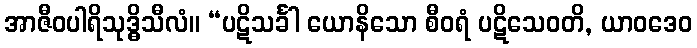
အာဇီဝပါရိသုဒ္ဓိသီလံ။ “ပဋိသင်္ခါ ယောနိသော စီဝရံ ပဋိသေဝတိ, ယာဝဒေဝ